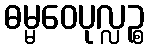
ဓမ္မဝေပုလ္လဉ္စ